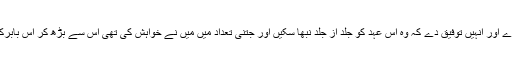
اللہ تعالیٰ ان سب کو جزا دے اور انہیں توفیق دے کہ وہ اس عہد کو جلد از جلد نبھا سکیں اور جتنی تعداد میں میں نے خواہش کی تھی اس سے بڑھ کر اس بابرکت نظام میں وہ شامل ہوں۔